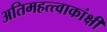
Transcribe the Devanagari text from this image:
अतिमहत्त्वाकांक्षी